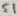
Text: S1